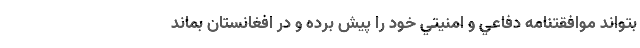
بتواند موافقتنامه دفاعي و امنيتي خود را پيش برده و در افغانستان بماند